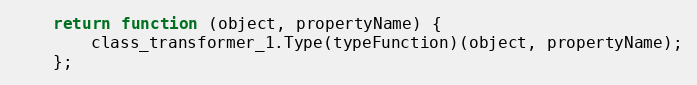
Language: JavaScript
    return function (object, propertyName) {
        class_transformer_1.Type(typeFunction)(object, propertyName);
    };